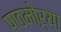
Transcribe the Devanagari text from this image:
पाठमोऱ्या